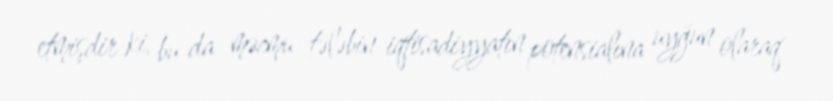
etmişdir ki, bu da məcmu tələbin iqtisadiyyatın potensialına uyğun olaraq